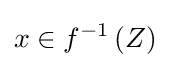
x\in f^{-1}\left(Z\right)